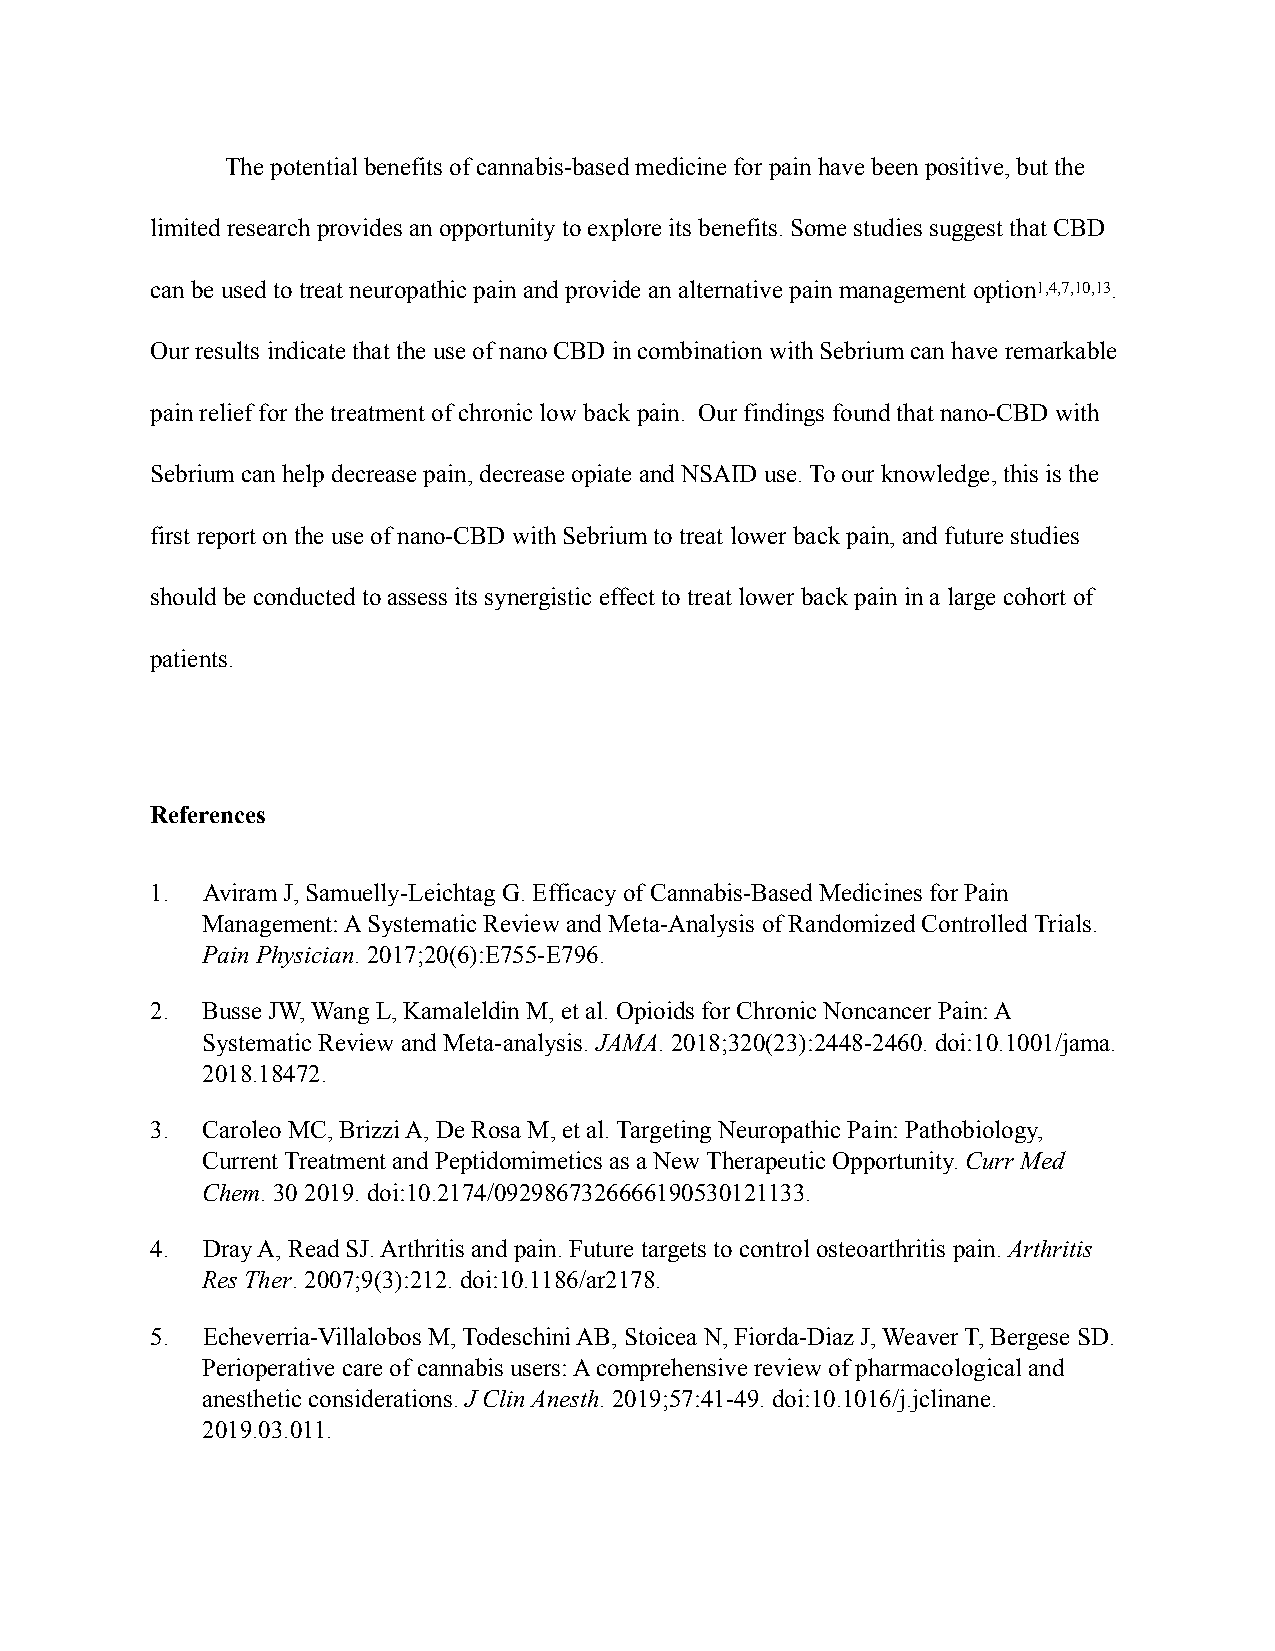
The potential benefits of cannabis-based medicine for pain have been positive, but the
 limited research provides an opportunity to explore its benefits. Some studies suggest that CBD
 can be used to treat neuropathic pain and provide an alternative pain management option1,4,7,10,13.
 Our results indicate that the use of nano CBD in combination with Sebrium can have remarkable
 pain relief for the treatment of chronic low back pain. Our findings found that nano-CBD with
 Sebrium can help decrease pain, decrease opiate and NSAID use. To our knowledge, this is the
 first report on the use of nano-CBD with Sebrium to treat lower back pain, and future studies
 should be conducted to assess its synergistic effect to treat lower back pain in a large cohort of
 patients.
 References
 1. Aviram J, Samuelly-Leichtag G. Efficacy of Cannabis-Based Medicines for Pain
 Management: A Systematic Review and Meta-Analysis of Randomized Controlled Trials.
 Pain Physician. 2017;20(6):E755-E796.
 2. Busse JW, Wang L, Kamaleldin M, et al. Opioids for Chronic Noncancer Pain: A
 Systematic Review and Meta-analysis. JAMA. 2018;320(23):2448-2460. doi:10.1001/jama.
 2018.18472.
 3. Caroleo MC, Brizzi A, De Rosa M, et al. Targeting Neuropathic Pain: Pathobiology,
 Current Treatment and Peptidomimetics as a New Therapeutic Opportunity. Curr Med
 Chem. 30 2019. doi:10.2174/0929867326666190530121133.
 4. Dray A, Read SJ. Arthritis and pain. Future targets to control osteoarthritis pain. Arthritis
 Res Ther. 2007;9(3):212. doi:10.1186/ar2178.
 5. Echeverria-Villalobos M, Todeschini AB, Stoicea N, Fiorda-Diaz J, Weaver T, Bergese SD.
 Perioperative care of cannabis users: A comprehensive review of pharmacological and
 anesthetic considerations. J Clin Anesth. 2019;57:41-49. doi:10.1016/j.jclinane.
 2019.03.011.